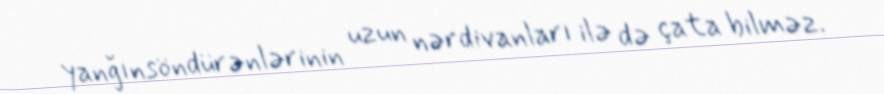
yanğınsöndürənlərinin uzun nərdivanları ilə də çata bilməz.